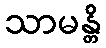
သာမန္တိ